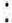
: